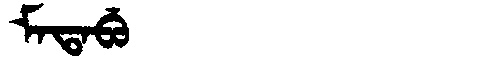
Manchu: ᠮᠠᡨᠠᠪᡠ
Romanization: MATABU